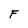
Character: F